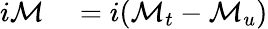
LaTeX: \begin{array}{rl}{i{\mathcal{M}}}&{{}=i({\mathcal{M}}_{t}-{\mathcal{M}}_{u})}\end{array}